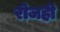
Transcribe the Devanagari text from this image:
रोजही